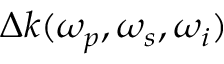
\Delta k ( \omega _ { p } , \omega _ { s } , \omega _ { i } )